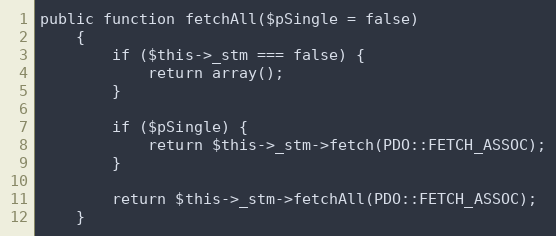
Language: PHP
public function fetchAll($pSingle = false)
    {
        if ($this->_stm === false) {
            return array();
        }

        if ($pSingle) {
            return $this->_stm->fetch(PDO::FETCH_ASSOC);
        }

        return $this->_stm->fetchAll(PDO::FETCH_ASSOC);
    }